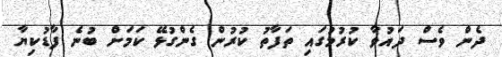
ދެން ވެސް ދައުވާ ކުރުމުގައި ތަފާތު ކުރުން ގެންގުޅޭ ކަމަށް ބުނެ ފާޑުކިޔާ